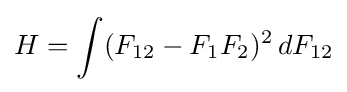
H=\int (F_{12}-F_{1}F_{2})^{2}\,dF_{12}